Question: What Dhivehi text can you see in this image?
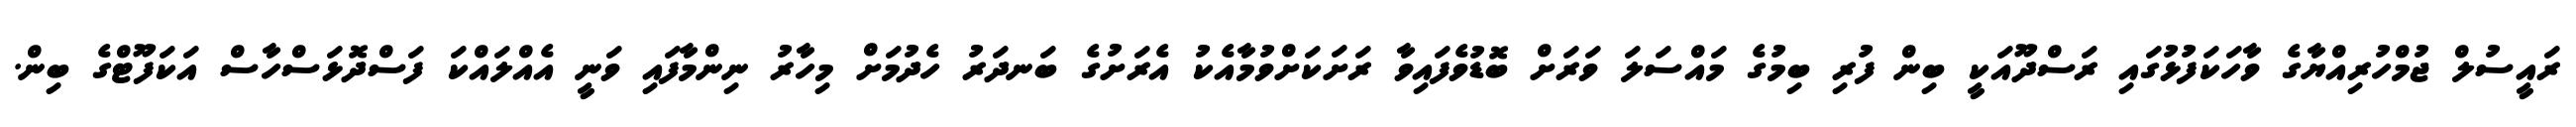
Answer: ރައީސުލް ޖުމްހުރިއްޔާގެ ވާހަކަފުޅުގައި ރަސްދޫއަކީ ބިން ފުރި ބިމުގެ މައްސަލަ ވަރަށް ބޮޑުވެފައިވާ ރަށަކަށްވުމާއެކު އެރަށުގެ ބަނދަރު ހެދުމަށް މިހާރު ނިންމާފައި ވަނީ އެއްލައްކަ ފަސްދޮޅަސްހާސް އަކަފޫޓްގެ ބިން.